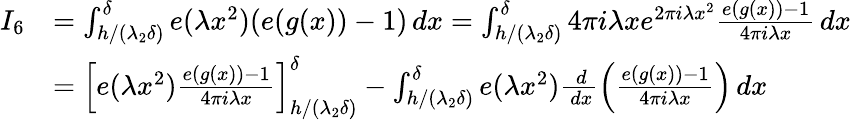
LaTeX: \begin{array}{rl}{I_{6}}&{=\int_{h/(\lambda_{2}\delta)}^{\delta}e(\lambda x^{2})(e(g(x))-1)\, dx=\int_{h/(\lambda_{2}\delta)}^{\delta}4\pi i\lambda xe^{2\pi i\lambda x^{2}}\frac{e(g(x))-1}{4\pi i\lambda x}\, dx}\\ &{=\left[e(\lambda x^{2})\frac{e(g(x))-1}{4\pi i\lambda x}\right]_{h/(\lambda_{2}\delta)}^{\delta}-\int_{h/(\lambda_{2}\delta)}^{\delta}e(\lambda x^{2})\frac{\, d}{\, dx}\left(\frac{e(g(x))-1}{4\pi i\lambda x}\right)\, dx}\end{array}